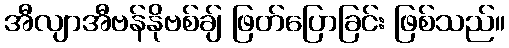
အီလျာအီဗန်နိုဗစ်ချ် ဖြတ်ပြောခြင်း ဖြစ်သည်။